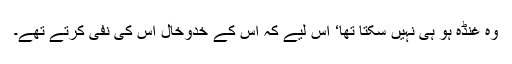
وہ غنڈہ ہو ہی نہیں سکتا تھا‘ اس لیے کہ اُس کے خدوخال اُس کی نفی کرتے تھے۔